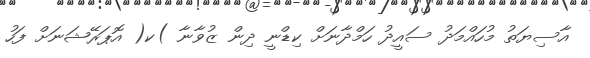
އާސިޔަތު މުހައްމަދު ސައީދު ހަމްދާނަށް ކިޑްނީ ދިން ޒުވާނާ )ކ( އޮޕަރޭޝަނަށް ފަހު